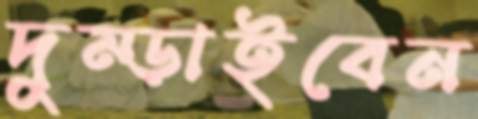
দুম্‌ড়াইবেন